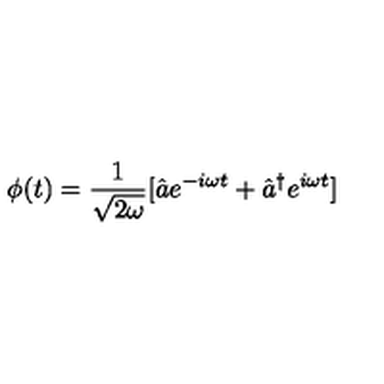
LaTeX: \phi ( t ) = \frac { 1 } { \sqrt { 2 \omega } } [ \hat { a } e ^ { - i \omega t } + \hat { a } ^ { \dagger } e ^ { i \omega t } ]